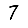
Digit: 7